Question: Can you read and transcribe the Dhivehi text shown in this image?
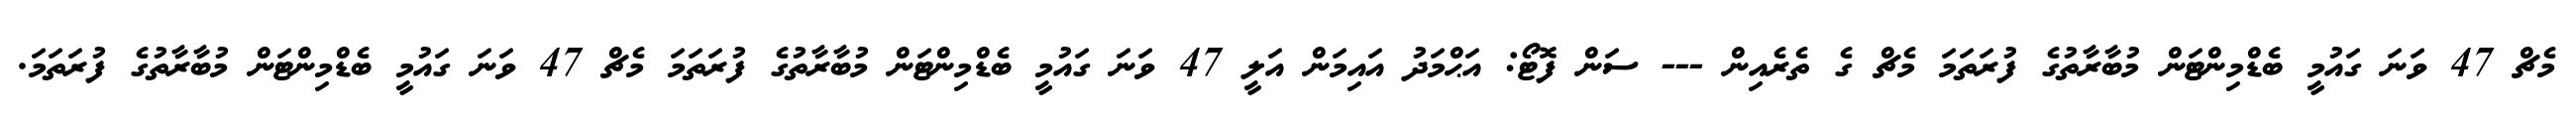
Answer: މެޗް 47 ވަނަ ގައުމީ ބެޑްމިންޓަން މުބާރާތުގެ ފުރަތަމަ މެޗް ގެ ތެރެއިން --- ސަން ފޮޓޯ: އަޙްމަދު އައިމަން އަލީ 47 ވަނަ ގައުމީ ބެޑްމިންޓަން މުބާރާތުގެ ފުރަތަމަ މެޗް 47 ވަނަ ގައުމީ ބެޑްމިންޓަން މުބާރާތުގެ ފުރަތަމަ.